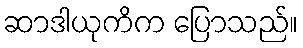
ဆာဒါယုကိက ပြောသည်။